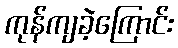
ကုန်ကျခဲ့ကြောင်း